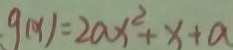
g ( x ) = 2 a x ^ { 2 } + x + a